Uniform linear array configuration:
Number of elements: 8
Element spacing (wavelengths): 0.75
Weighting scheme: cosine
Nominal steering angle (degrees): -15
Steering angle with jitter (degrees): -15.955
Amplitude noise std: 0.05
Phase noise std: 0.05

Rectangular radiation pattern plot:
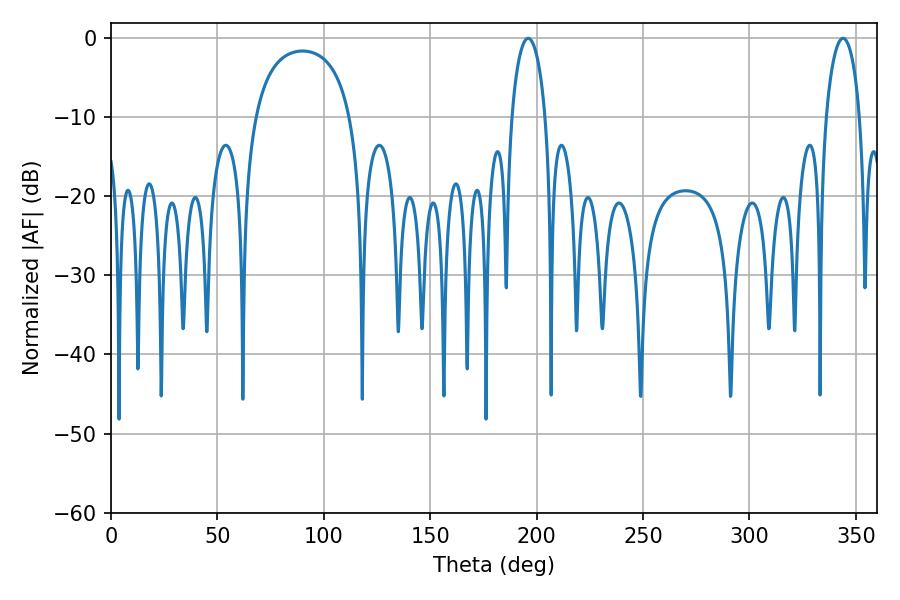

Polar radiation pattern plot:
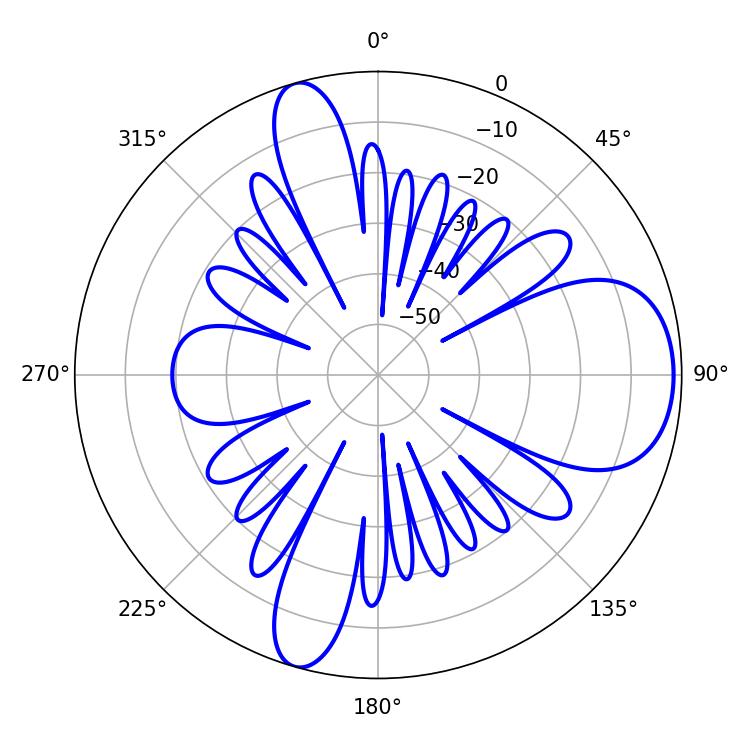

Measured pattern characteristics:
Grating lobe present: TRUE
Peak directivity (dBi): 8.721
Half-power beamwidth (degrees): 9
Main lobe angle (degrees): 196.02